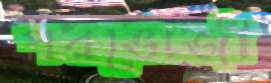
পরভোজী